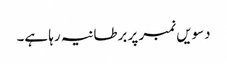
دسویں نمبر پر برطانیہ رہا ہے۔